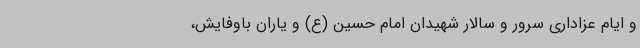
و ایام عزاداری سرور و سالار شهیدان امام حسین (ع) و یاران باوفایش،